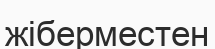
жіберместен